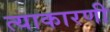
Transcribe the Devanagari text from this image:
त्याकारणी